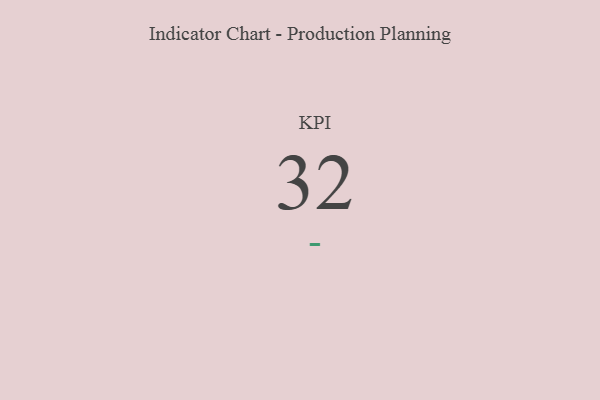
{"axis": {"x": "KPI", "y": "Value"}, "legend": [""], "data": [{"x": "KPI", "y": 32, "type": ""}]}